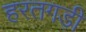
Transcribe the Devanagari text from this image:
हरतगड़ी